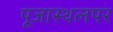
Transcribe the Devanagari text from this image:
पूजास्थलपर